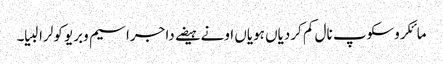
مائکروسکوپ نال کم کردیاں ہویاں اونے ہیضے دا جراسیم وبریو کولرا لبیا۔